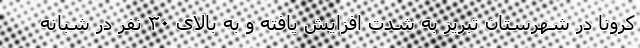
کرونا در شهرستان تبریز به شدت افزایش یافته و به بالای ۳۰ نفر در شبانه